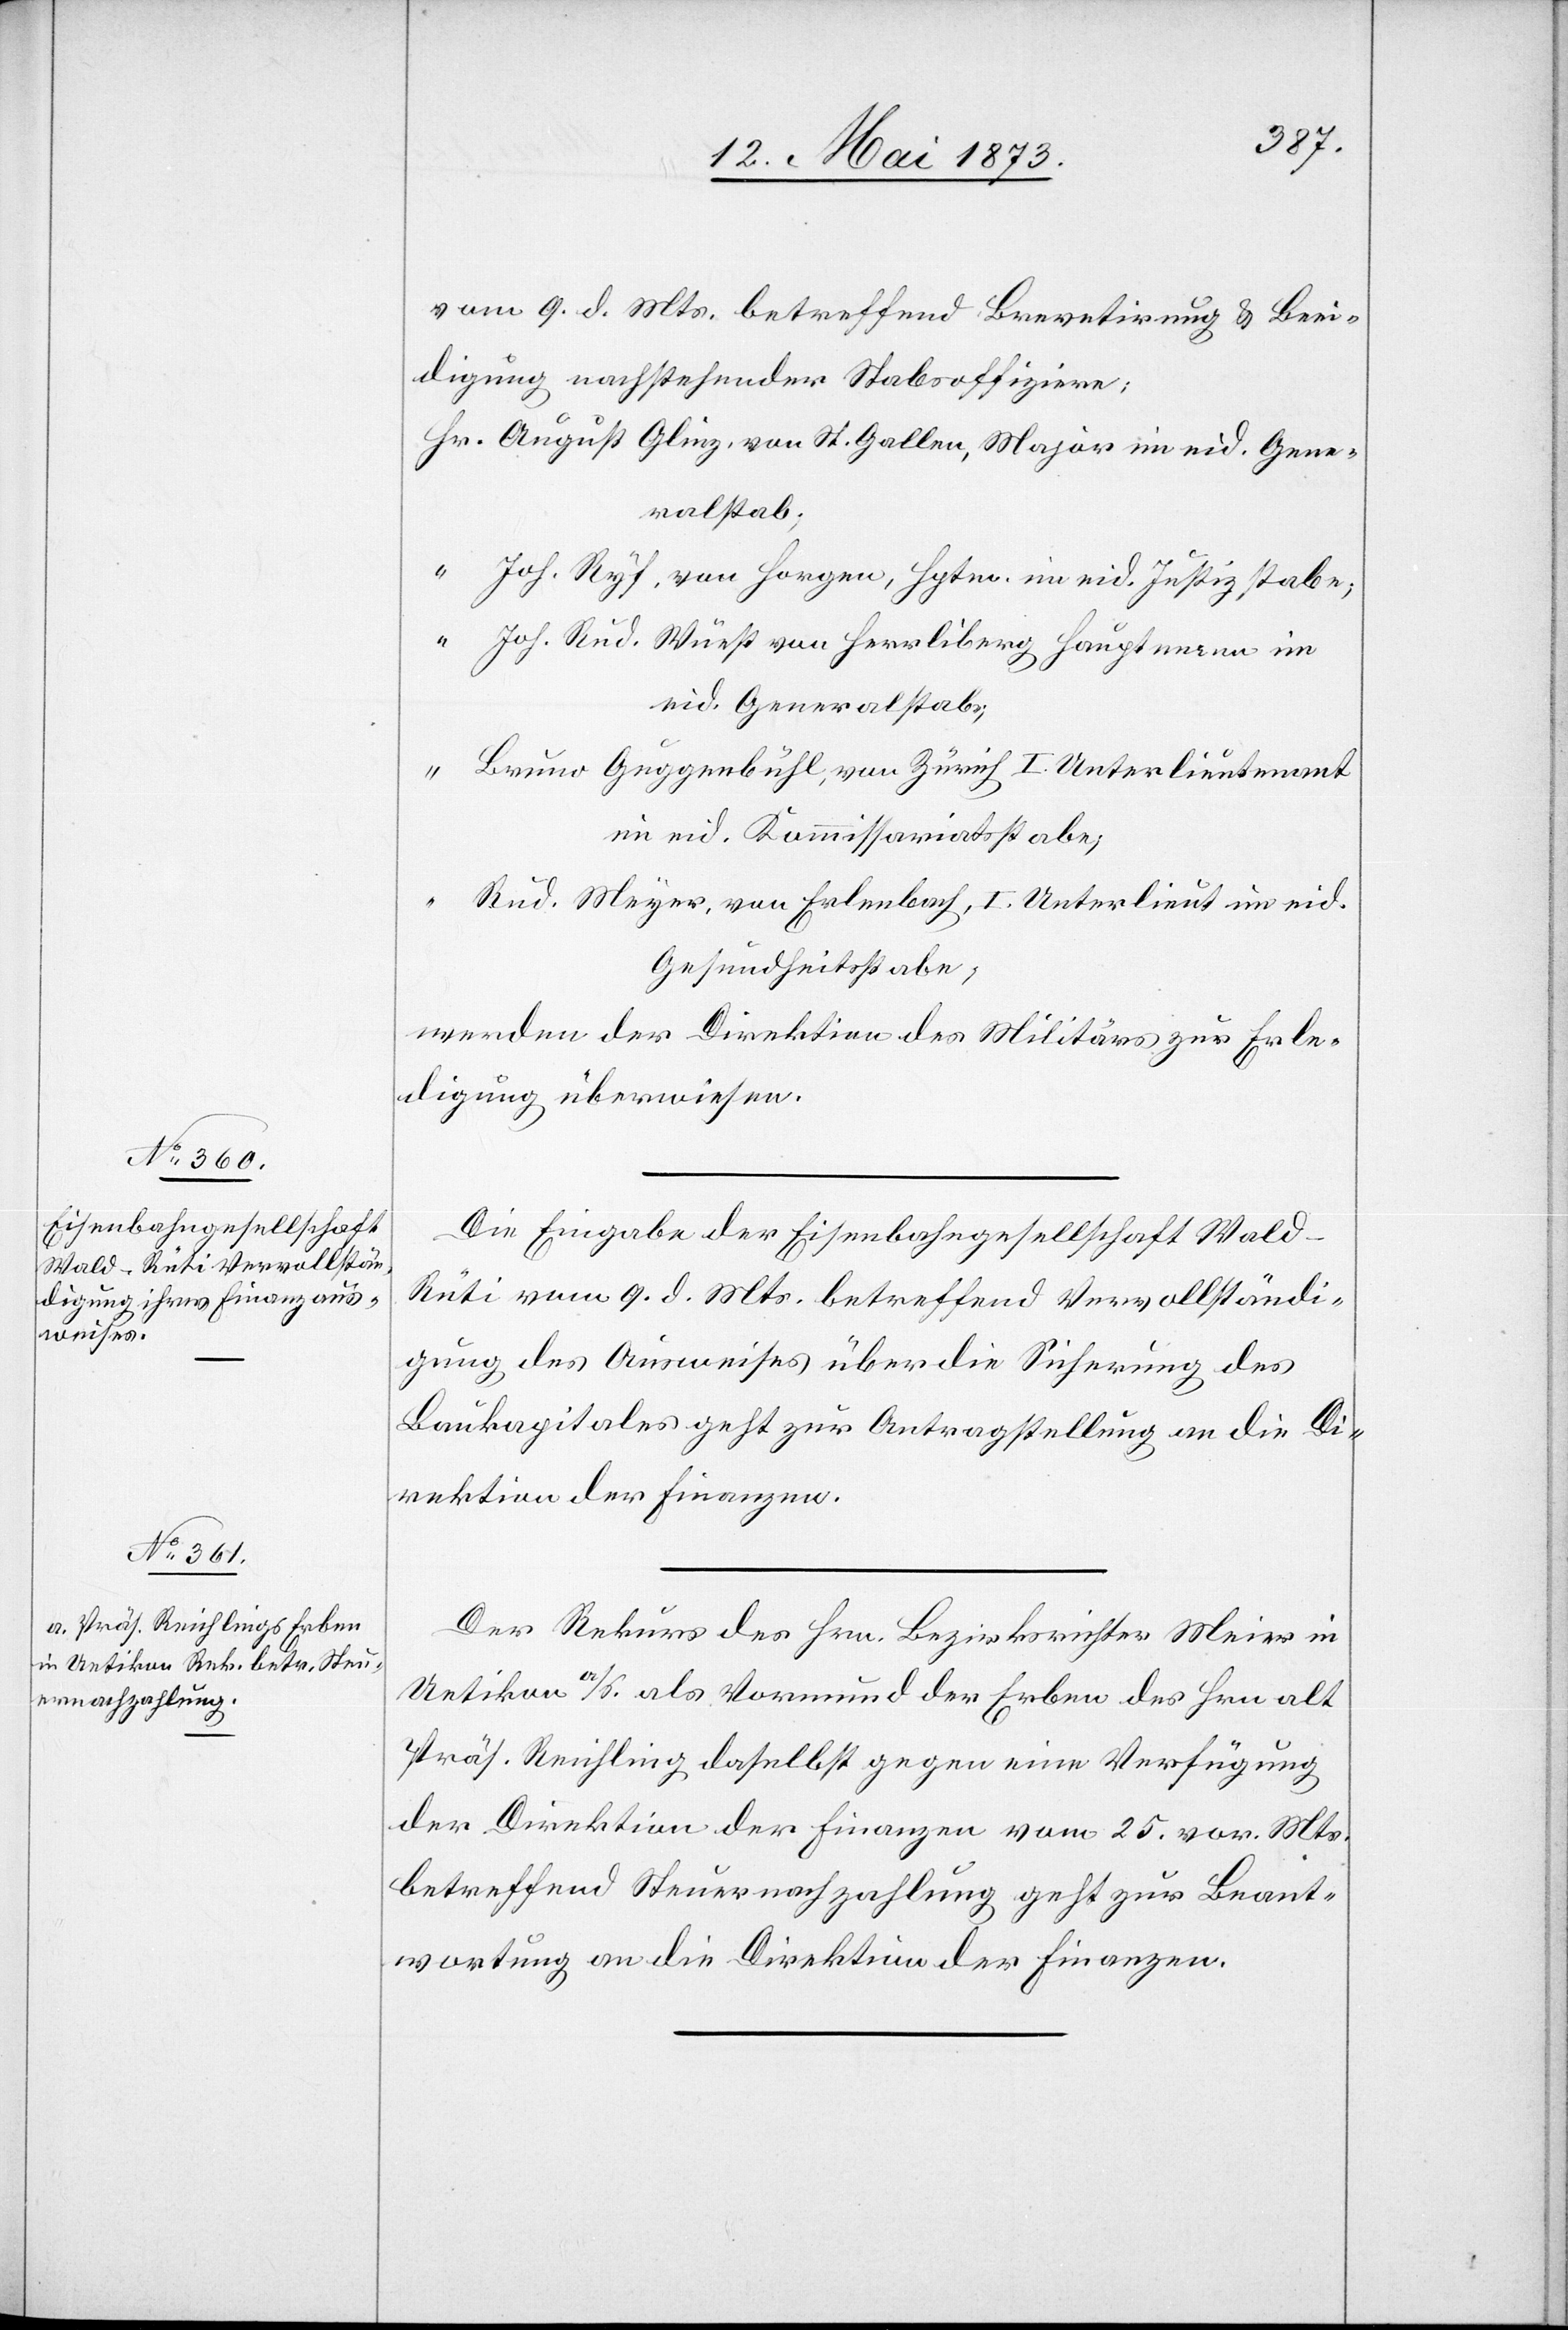
12. Mai 1873.]
vom 9. d. Mts. betreffend Brevetirung & Beei¬
digung nachstehender Stabsoffiziere:
Hr. August Glinz, von St. Gallen, Major im eid. Gene¬
ralstab;
“ Joh. Ryf, von Horgen, Hptm. im eid. Justizstabe;
“ Joh. Rud. Wüest von Herrliberg Hauptmann im
eid. Generalstab;
“ Bruno Guggenbühl, von Zürich I. Unterlieutenant
im eid. Kommissariatsstabe;
“ Rud. Meyer, von Erlenbach, I. Unterlieut im eid.
Gesundheitsstabe;
werden der Direktion des Militärs zur Erle¬
digung überwiesen.
Die Eingabe der Eisenbahngesellschaft Wald–R¬
üti vom 9. d. Mts. betreffend Vervollständi¬
gung des Ausweises über die Sicherung des
Baukapitales geht zur Antragstellung an die Di¬
rektion der Finanzen.
Der Rekurs des Hrn. Bezirksrichter Meier in
Uetikon a/S. als Vormund der Erben des Hrn alt
Präs. Reichling daselbst gegen eine Verfügung
der Direktion der Finanzen vom 25. vor. Mts.
betreffend Steuernachzahlung geht zur Beant¬
wortung an die Direktion der Finanzen.